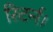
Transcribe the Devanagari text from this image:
रिटर्न।